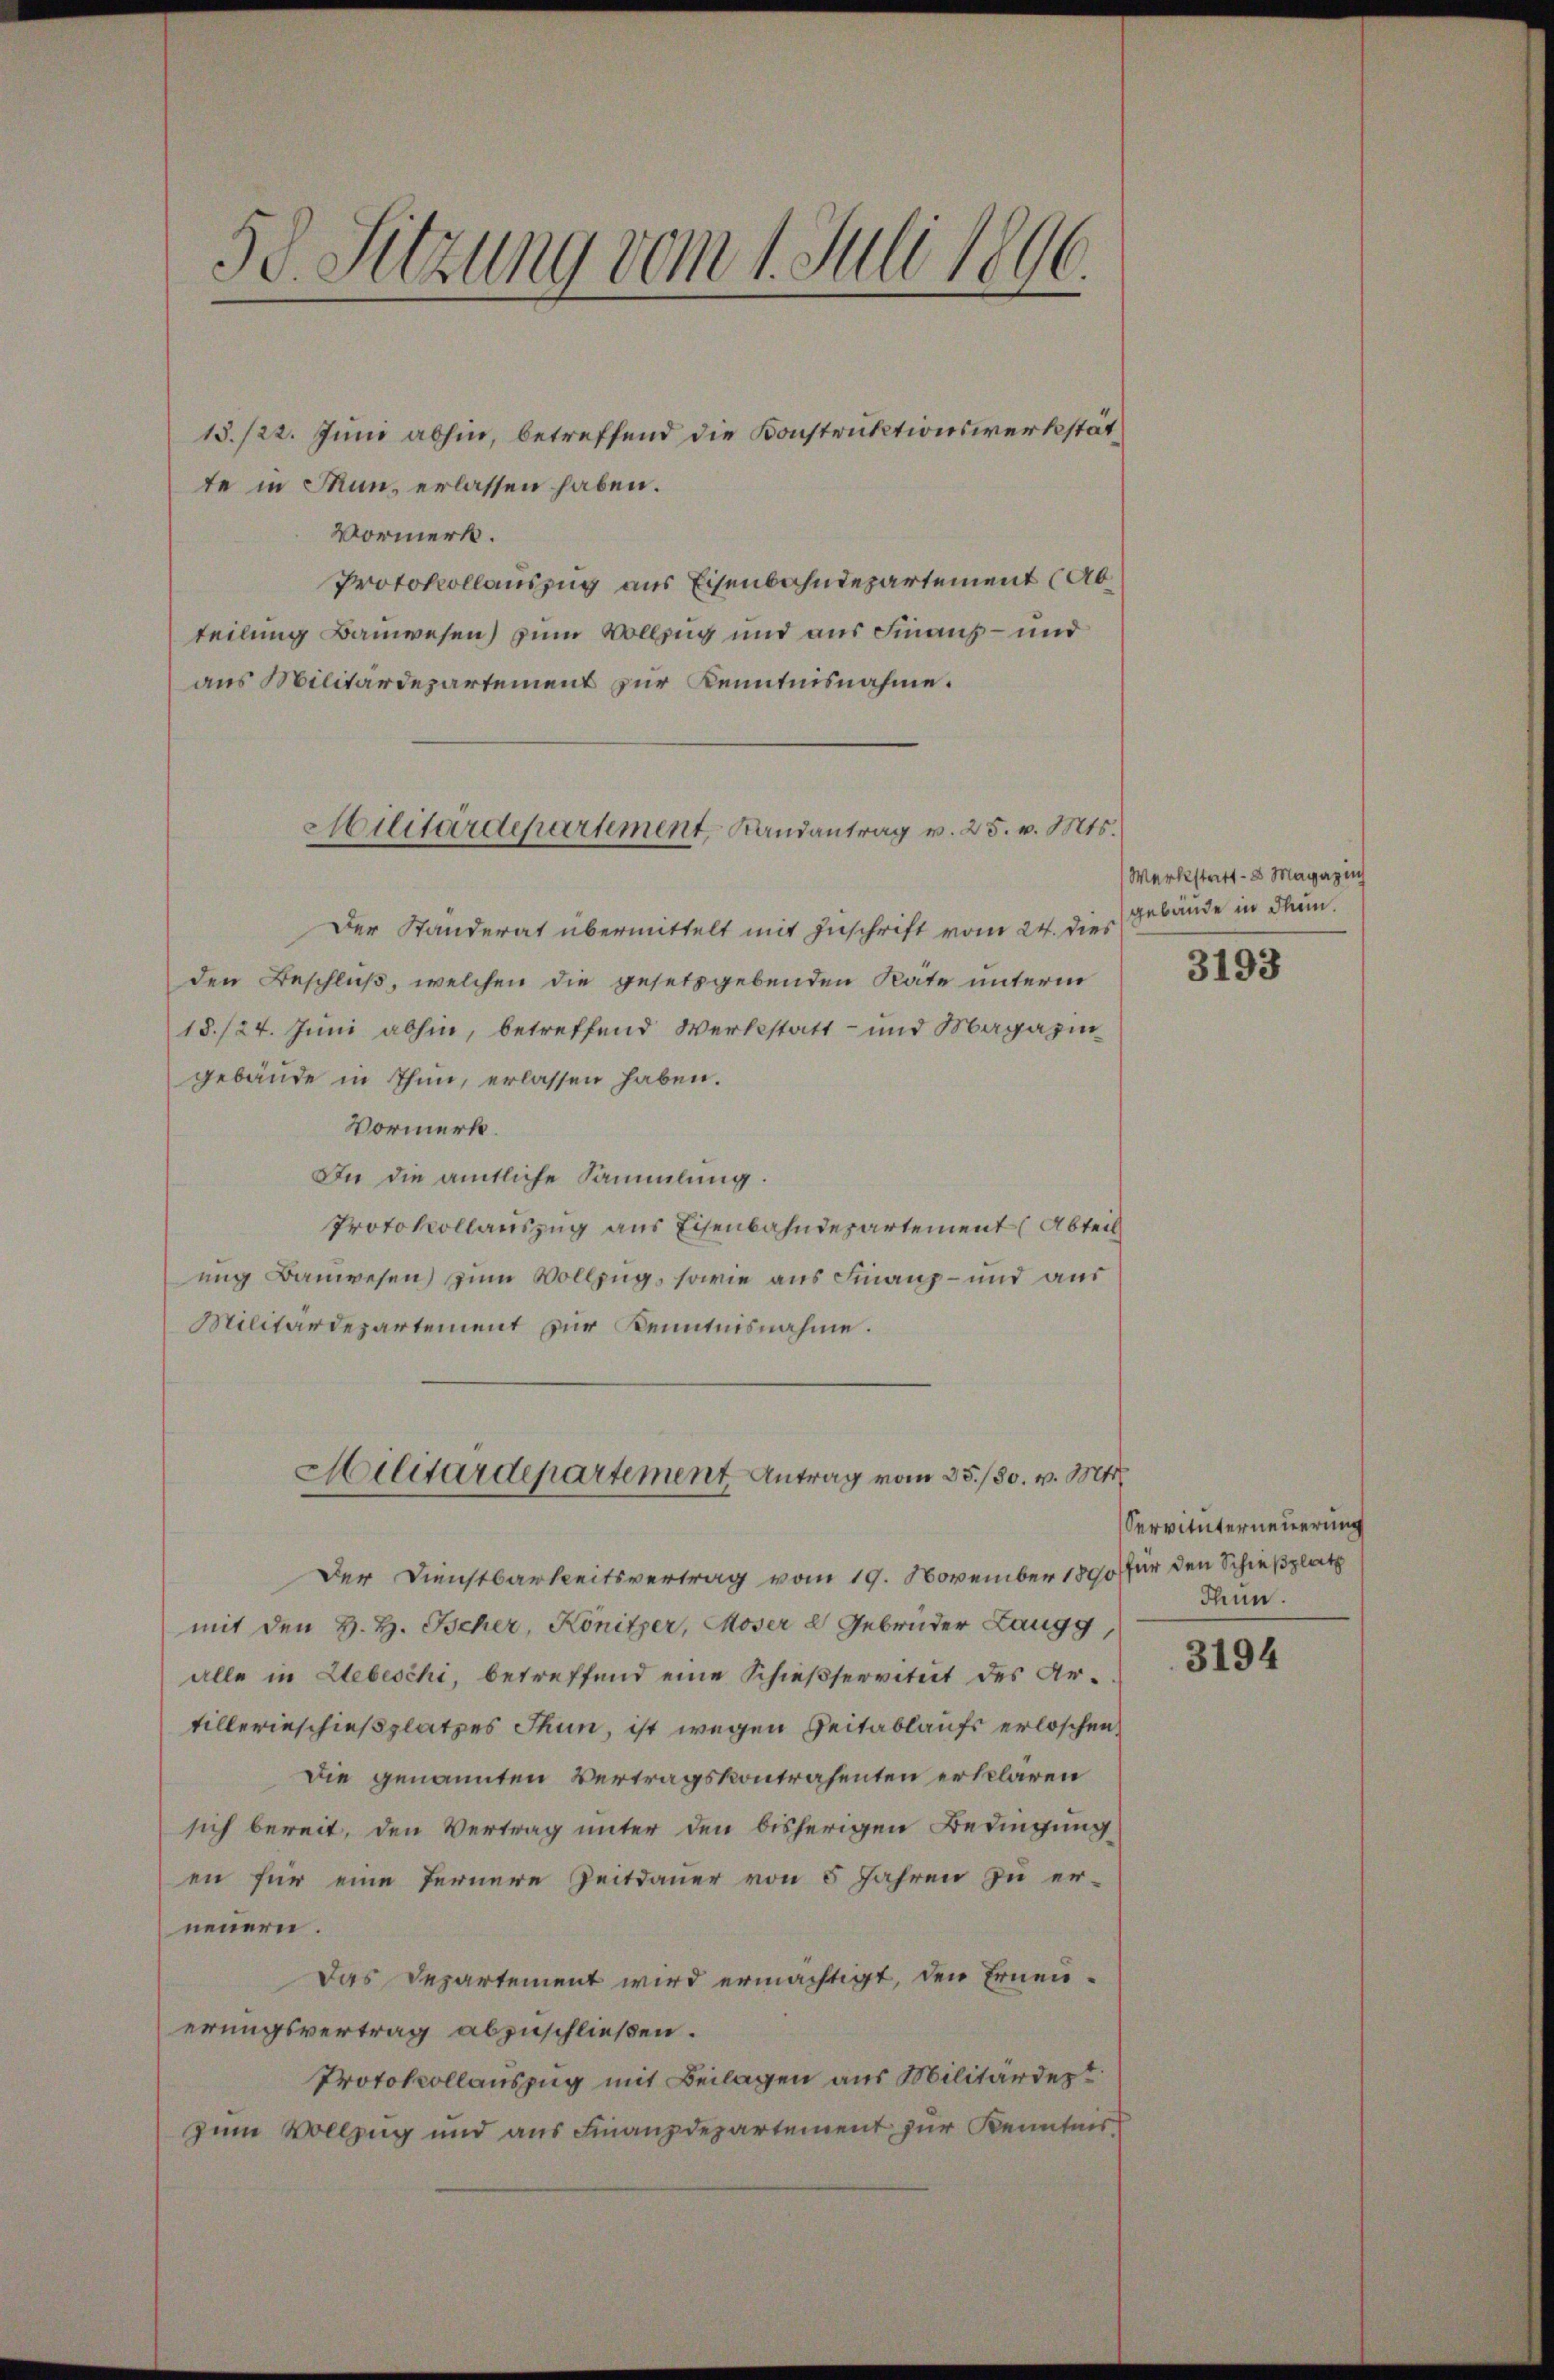
58. Sitzung vom 1. Juli 1896.

te in Mun, erlassen haben.
Vormerk.
Protokollauszug aus Eisenbahndepartement (Abteilung Bauwesen) zum Vollzug und aus Finanz- und
aus Militärdepartement zur Kenntnisnahme.
Der Ständerat übermittelt mit Zuschrift vom 24. dies
den Beschluß, welchen die gesetzgebenden Räte unterm
18./24. Juni abhin, betreffend Werkstatt- und Magazingebäude in Thun, erlassen haben.
Vormerk.
In die amtliche Sammlung.
Protokollauszug aus Eisenbahndepartement (Abteil
ung Bauwesen zum Vollzug, sowie aus Finanz- und aus
Militärdepartement zur Kenntnisnahme.
Militärdepartement Antrag vom 25./30. v. Mts.
Der Dienstbarkeitsvertrag vom 19. November 1890 für den Schießplatz
mit den H. H. Tscher, Könitzer, Moser 2 Gebrüder Langg
alle in Lebeschi, betreffend eine Schießservitut des Artillerieschießplatzes Thun, ist wegen Zeitablaufs erloschen.
Die genannten Vertragskontrahenten erklären
sich bereit, den Vertrag unter den bisherigen Bedingung
en für eine fernere Zeitdauer von 5 Jahren zu er-
neuern.
Das Departement wird ermächtigt, den Erneuerungsvertrag abzuschließen.
Protokollauszug mit Beilagen aus Militärdep
zum Vollzug und aus Finanzdepartement zur Kenntnis

Militärdepartement, Landantrag v. 25. v. Mts.

15./22. Juni abhin, betreffend die Konstruktionswerkstät¬

Werkstatt - 8 Magazin
gebäude in Thun.

3193

Servituterneuerung
Thun.

3194